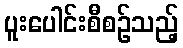
ပူးပေါင်းစီစဉ်သည့်